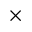
\times